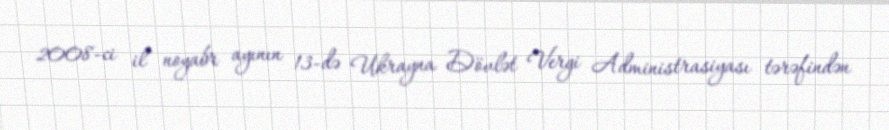
2008-ci il noyabr ayının 13-də Ukrayna Dövlət Vergi Administrasiyası tərəfindən